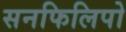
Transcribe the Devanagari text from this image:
सनफिलिपो